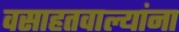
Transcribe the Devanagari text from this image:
वसाहतवाल्यांना